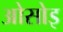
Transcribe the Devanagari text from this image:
ओसोइ